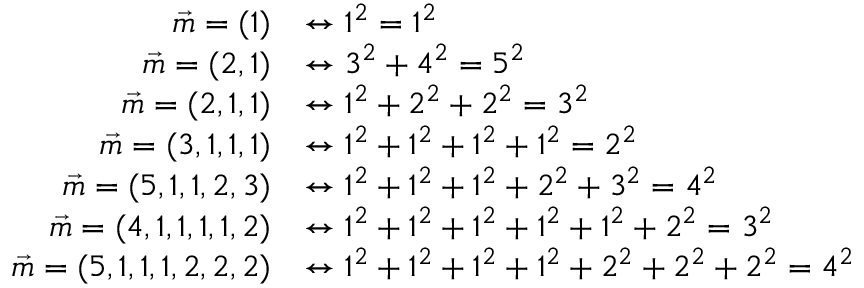
{ \begin{array} { r l } { { \vec { m } } = ( 1 ) } & { \leftrightarrow 1 ^ { 2 } = 1 ^ { 2 } } \\ { { \vec { m } } = ( 2 , 1 ) } & { \leftrightarrow 3 ^ { 2 } + 4 ^ { 2 } = 5 ^ { 2 } } \\ { { \vec { m } } = ( 2 , 1 , 1 ) } & { \leftrightarrow 1 ^ { 2 } + 2 ^ { 2 } + 2 ^ { 2 } = 3 ^ { 2 } } \\ { { \vec { m } } = ( 3 , 1 , 1 , 1 ) } & { \leftrightarrow 1 ^ { 2 } + 1 ^ { 2 } + 1 ^ { 2 } + 1 ^ { 2 } = 2 ^ { 2 } } \\ { { \vec { m } } = ( 5 , 1 , 1 , 2 , 3 ) } & { \leftrightarrow 1 ^ { 2 } + 1 ^ { 2 } + 1 ^ { 2 } + 2 ^ { 2 } + 3 ^ { 2 } = 4 ^ { 2 } } \\ { { \vec { m } } = ( 4 , 1 , 1 , 1 , 1 , 2 ) } & { \leftrightarrow 1 ^ { 2 } + 1 ^ { 2 } + 1 ^ { 2 } + 1 ^ { 2 } + 1 ^ { 2 } + 2 ^ { 2 } = 3 ^ { 2 } } \\ { { \vec { m } } = ( 5 , 1 , 1 , 1 , 2 , 2 , 2 ) } & { \leftrightarrow 1 ^ { 2 } + 1 ^ { 2 } + 1 ^ { 2 } + 1 ^ { 2 } + 2 ^ { 2 } + 2 ^ { 2 } + 2 ^ { 2 } = 4 ^ { 2 } } \end{array} }